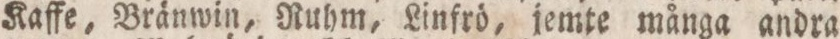
Kaffe, Bränwin, Ruhm, Linfrö, jemte många andra